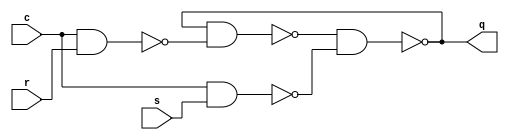
//   RS-  -

module gated_rs_latch_nand(
    input r, s,
    input c,
    output reg q);

initial q = 0;

always @*
    q = ~(~(q & ~(c & r)) & ~(c & s));

endmodule